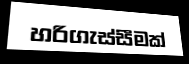
හරිගැස්සීමක්